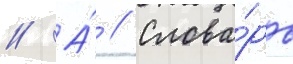
// А́ // Слова́рь